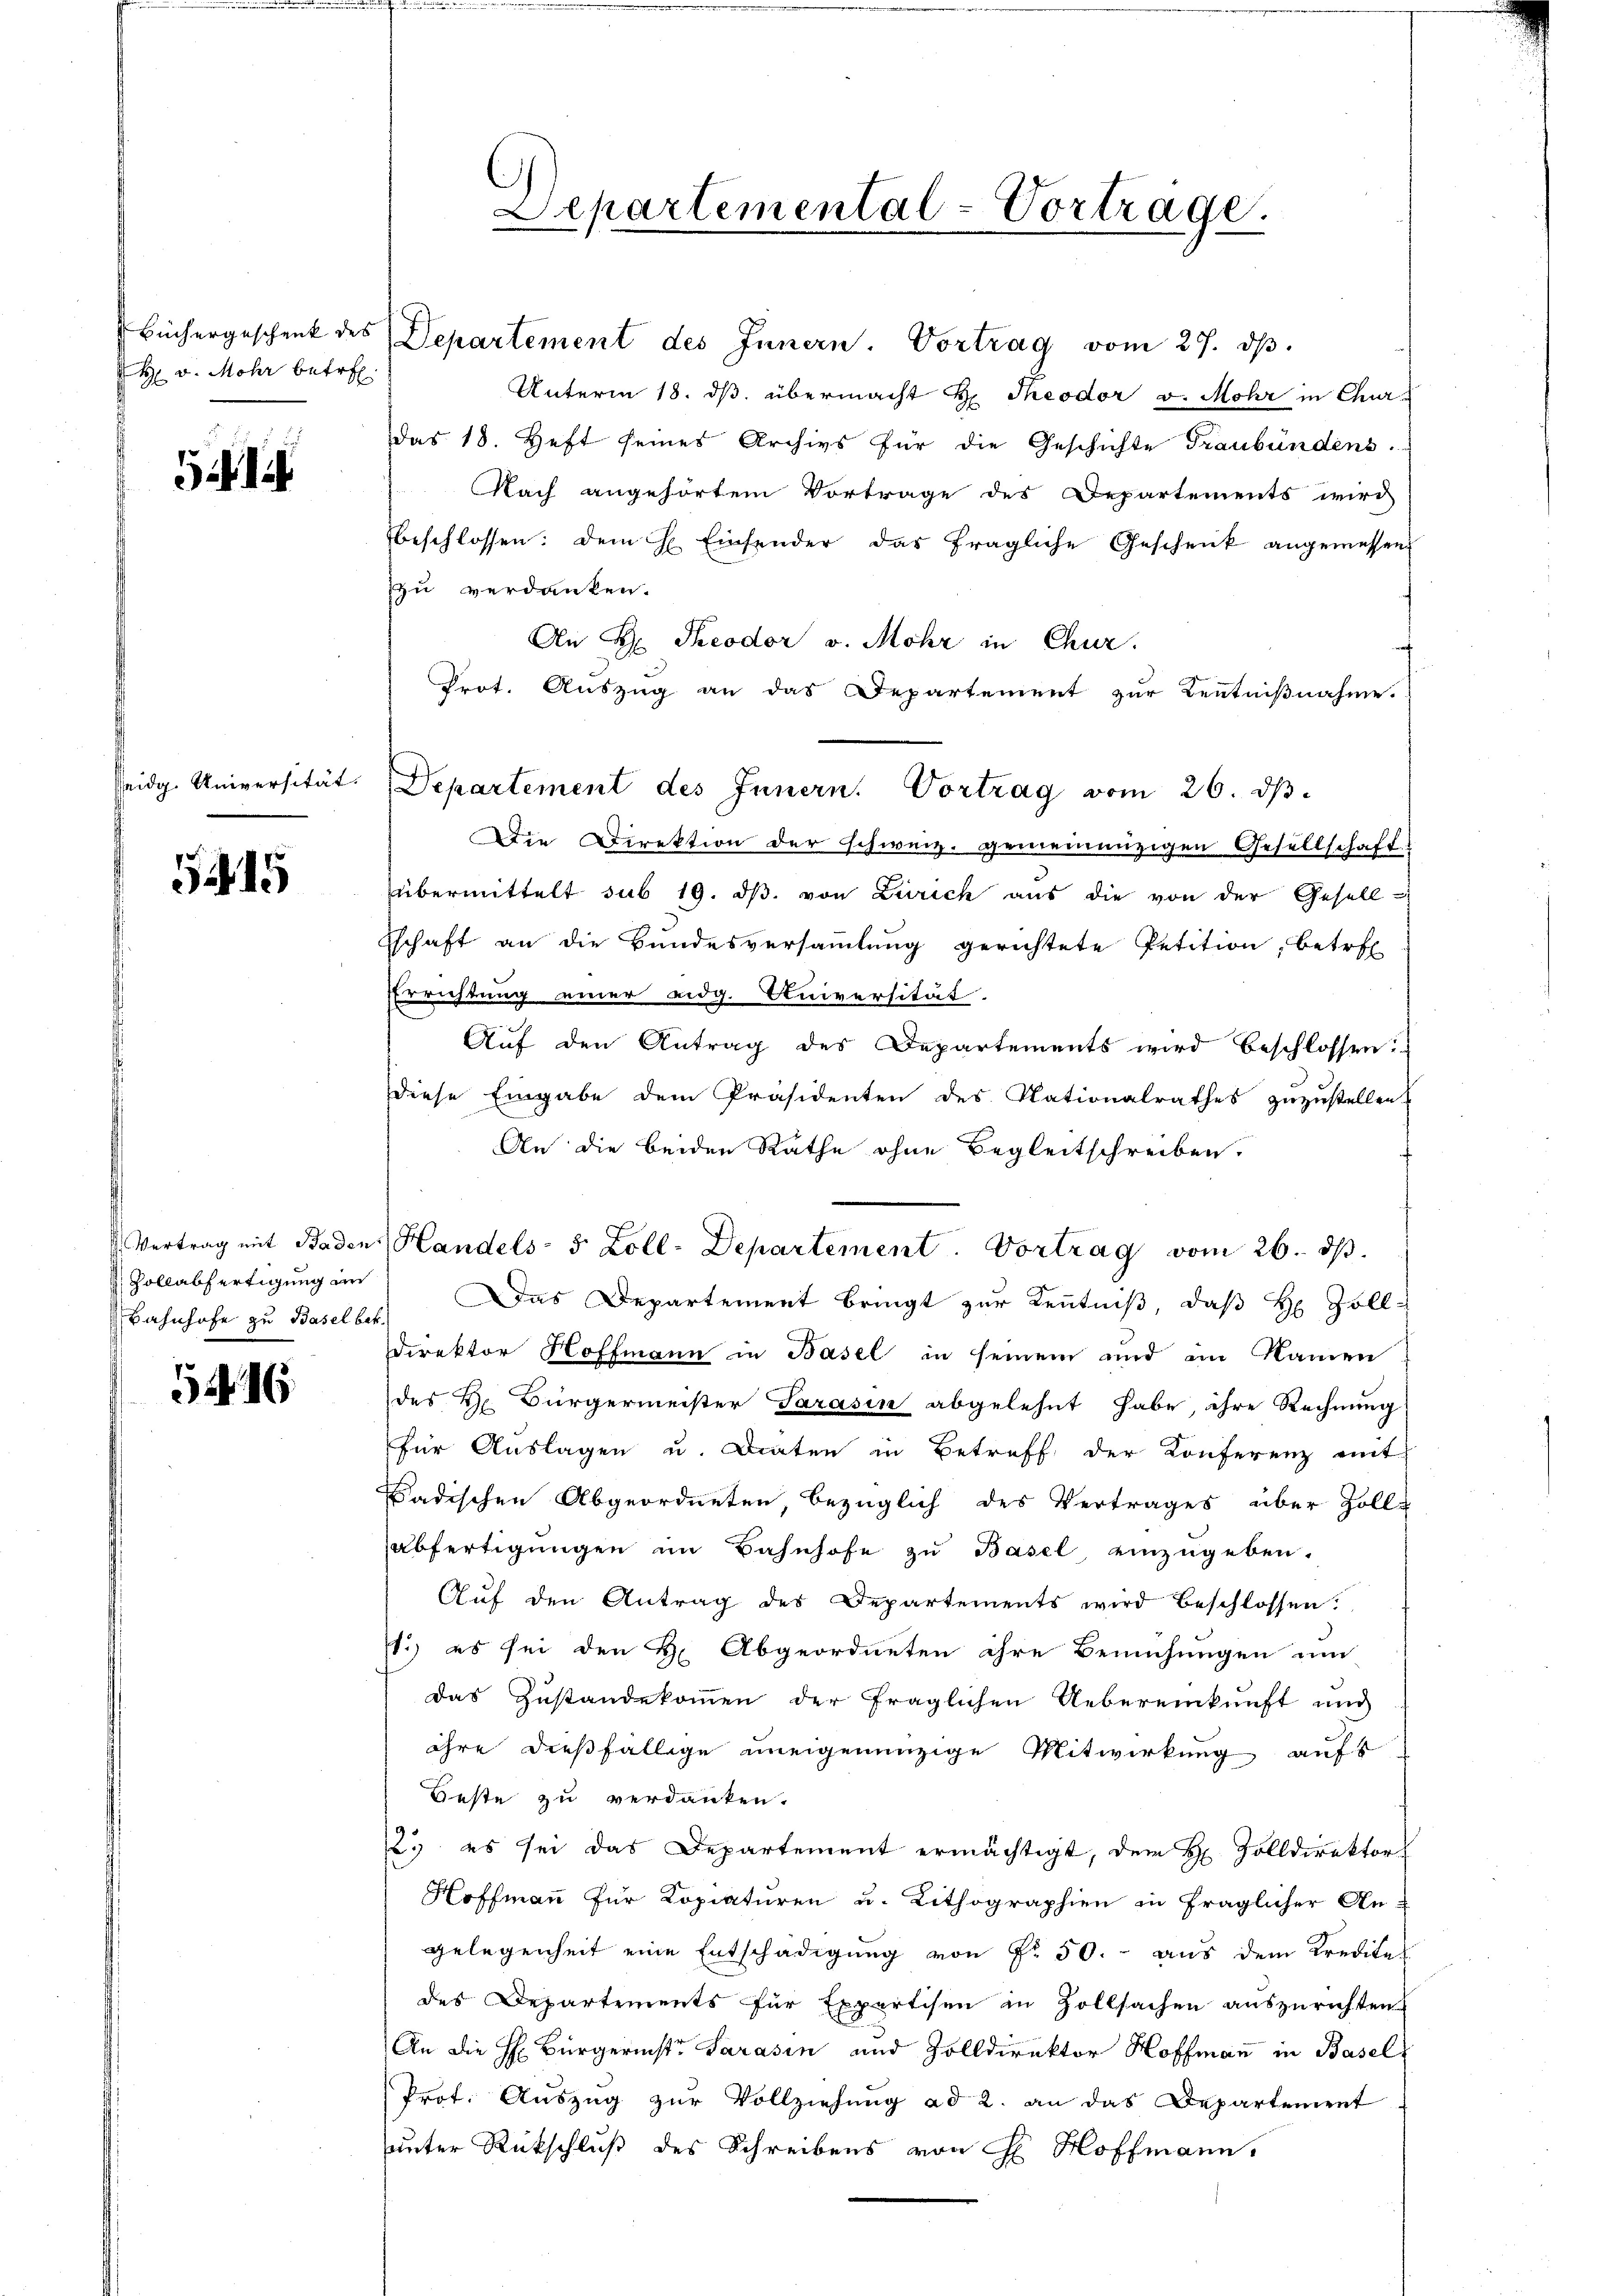
H v. Mohr betref

i

Reidg. Universität.

5415

Bahnhofe zu Basel bek

5416.

büchergeschenk des Departement des Innern. Vortrag vom 27. dβ.
Unterm 18. dβ übermacht d. Theodor v. Mohr in Churdas 18. Heft seines Archivs für die Geschichte Traubündens
Nach angehörtem Vortrage des Departements wird
beschlossen: dem H. Einsender das fragliche Geschenk angemessen
zu verdanken.
An R. Theodor v. Mohr in Chur.
Prot. Auszug an das Departement zur Kenntnißnahme.
Die Direktion der schweiz. gemeinnüzigen Gesellschaft
übermittelt sub 19. dβ. von Zürich aŭs die von der Gesell-
schaft an die Bundesversammlung gerichtete Petition, betref
Errichtung einer eidg. Universität.
Auf den Antrag des Departements wird beschlossen:
Diese Eingabe dem Präsidenten des Nationalrathes zuzustellen.
An die beiden Rathe ohne Begleitschreiben.
Vertrag mit Baden Handels- 5 Zoll-Departement. Vortrag vom 26. ds.
Vollabfertigung im Das Departement bringt zur Kenntniß, daß H. Zoll-
Direktor Hoffmann in Basel in seinem und im Namen
des H. Bürgermeister Sarasin abgelehnt habe, ihre Rechnung
für Auslagen u. Diäten in Betreff der Konferenz mit
Badischen Abgeordneten, bezüglich des Vertrages über Zolle
abfertigŭngen im Bahnhofe zŭ Basel einzŭgeben.
Auf den Antrag des Departements wird beschlossen:
71.) es sei den H. Abgeordneten ihre Bemühungen um
Das Zustandekommen der fraglichen Uebereinkunft und
ihre dießfällige uneigenenzige Mitwirkung aufs
Beste zu verdanken.
2) es sei das Departement ermächtigt, dem H. Zolldirektor
Hoffmann für Kopiaturen u. Lithographien in fraglicher Angelegenheit eine Entschädigung von Fr. 50. aus dem Kredite
des Departements für Expertisen in Zollsachen auszurichten
An die H: Bürgerinste Sarasin und Zolldirektor Hoffmann in Basel
Prot. Auszug zur Vollziehung ad 2. an das Departement
sunter Rückschluß des Schreibens von H. Hoffmann,

Departemental-Vortrage.

Departement des Innern. Vortrag vom 26. d.